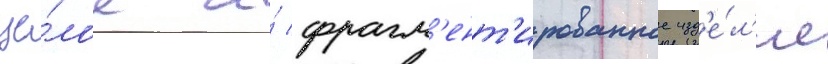
це́лое и́ фрагм'ент'ированное изд'е́л'ие